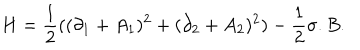
LaTeX: H = { \frac { 1 } { 2 } } ( ( \partial _ { 1 } + A _ { 1 } ) ^ { 2 } + ( \partial _ { 2 } + A _ { 2 } ) ^ { 2 } ) - { \frac { 1 } { 2 } } { \sigma } . B .